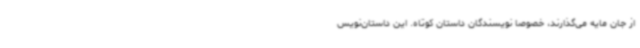
از جان مایه می‌گذارند، خصوصا نویسندگان داستان کوتاه. این داستان‌نویس